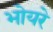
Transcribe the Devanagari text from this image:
भोयरे